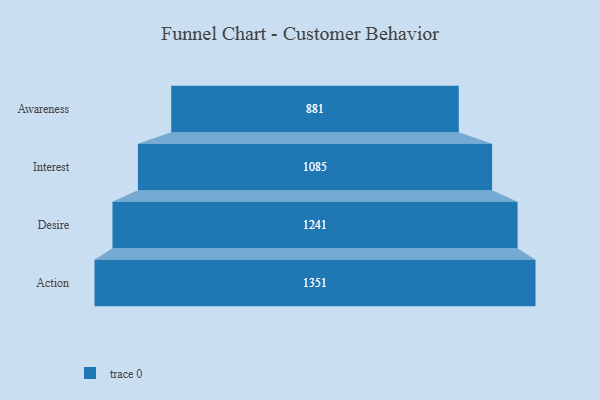
{"axis": {"x": "Stage", "y": "Value"}, "legend": [""], "data": [{"x": "Awareness", "y": 881.0, "type": ""}, {"x": "Interest", "y": 1085.0, "type": ""}, {"x": "Desire", "y": 1241.0, "type": ""}, {"x": "Action", "y": 1351.0, "type": ""}]}